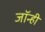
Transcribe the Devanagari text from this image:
जॉन्ही